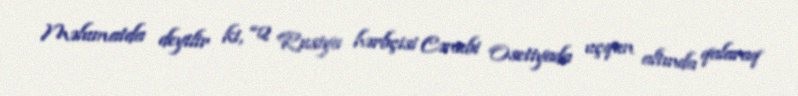
Məlumatda deyilir ki, “2 Rusiya hərbçisi Cənubi Osetiyada uçqun altında qalaraq